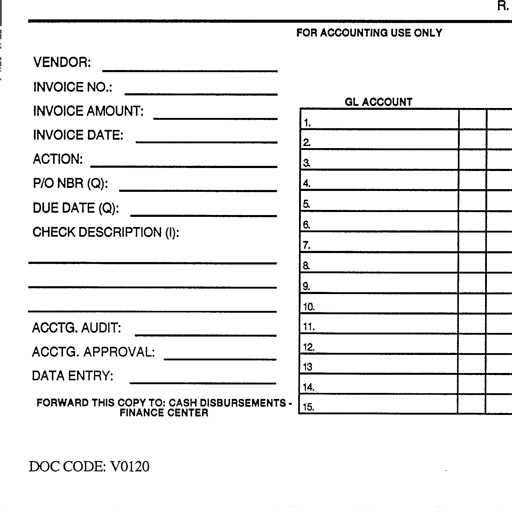
R.
FOR ACCOUNTING USE ONLY
VENDOR:
INVOICE NO.:
INVOICE AMOUNT:
GL ACCOUNT
1.
INVOICE DATE:
2.
ACTION:
3.
P/O NBR (Q):
4.
5.
DUE DATE (Q):
6.
CHECK DESCRIPTION (I):
7.
8.
9.
10.
ACCTG. AUDIT:
11.
12.
ACCTG. APPROVAL:
13.
DATA ENTRY:
14.
FORWARD THIS COPY TO: CASH DISBURSEMENTS -
15.
FINANCE CENTER
DOC CODE: V0120